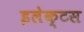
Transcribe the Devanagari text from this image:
इलेक्टस